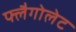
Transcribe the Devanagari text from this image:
फ्लैगोलेट